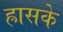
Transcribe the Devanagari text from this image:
ह्रासके